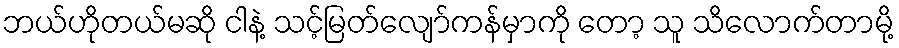
ဘယ်ဟိုတယ်မဆို ငါနဲ့ သင့်မြတ်လျော်ကန်မှာကို တော့ သူ သိလောက်တာမို့